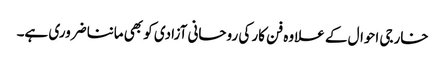
خارجی احوال کے علاوہ فن کار کی روحانی آزادی کو بھی ماننا ضروری ہے۔